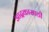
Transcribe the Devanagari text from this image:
आद्रकासाठी